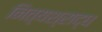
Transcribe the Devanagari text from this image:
नित्यश्राद्ध